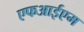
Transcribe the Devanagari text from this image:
एफआईएम